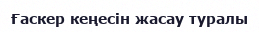
Ғаскер кеңесін жасау туралы